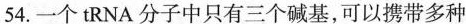
54.一个tRNA分子中只有三个碱基，可以携带多种